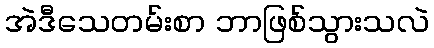
အဲဒီသေတမ်းစာ ဘာဖြစ်သွားသလဲ